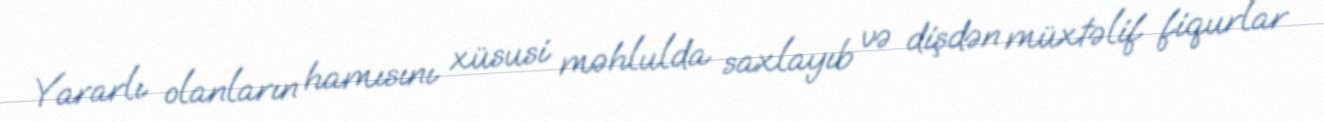
Yararlı olanların hamısını xüsusi məhlulda saxlayıb və dişdən müxtəlif fiqurlar